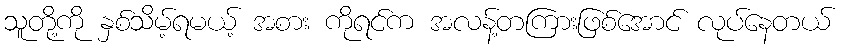
သူတို့ကို နှစ်သိမ့်ရမယ့် အစား ကိုရင်က အလန့်တကြားဖြစ်အောင် လုပ်နေတယ်